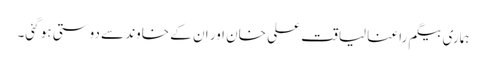
ہماری بیگم راعنا لیاقت علی خان اور ان کے خاوند سے دوستی ہو گئی۔